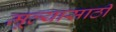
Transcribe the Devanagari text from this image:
मूल्यासाठी